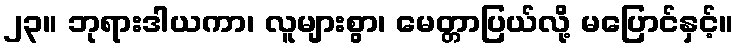
၂၃။ ဘုရားဒါယကာ၊ လူများစွာ၊ မေတ္တာပြယ်လို့ မပြောင်နှင့်။